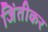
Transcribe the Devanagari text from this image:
जिंतीकर